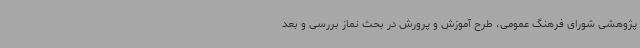
پژوهشی شورای فرهنگ عمومی، طرح آموزش و پرورش در بحث نماز بررسی و بعد